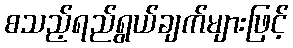
စသည့်ရည်ရွယ်ချက်များဖြင့်